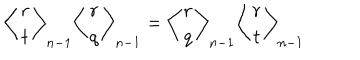
\left\langle \begin{array} { c c } { { r } } \\ { { t } } \\ \end{array} \right\rangle _ { n - 1 } \left\langle \begin{array} { c c } { { r } } \\ { { q } } \\ \end{array} \right\rangle _ { n - 1 } = \left\langle \begin{array} { c c } { { r } } \\ { { q } } \\ \end{array} \right\rangle _ { n - 1 } \left\langle \begin{array} { c c } { { r } } \\ { { t } } \\ \end{array} \right\rangle _ { n - 1 }